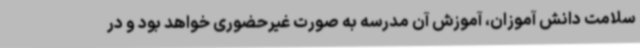
سلامت دانش آموزان، آموزش آن مدرسه به صورت غیرحضوری خواهد بود و در